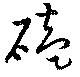
磕